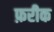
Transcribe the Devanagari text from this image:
फ़रीक